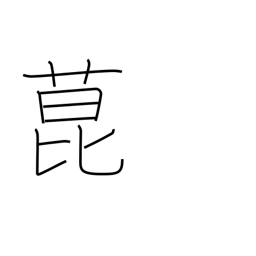
Meaning: a kind of fragrant herb